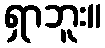
ရှာဘူး။